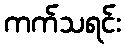
ကက်သရင်း